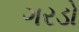
ગરડો